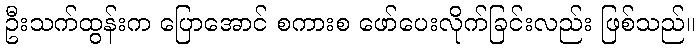
ဦးသက်ထွန်းက ပြောအောင် စကားစ ဖော်ပေးလိုက်ခြင်းလည်း ဖြစ်သည်။